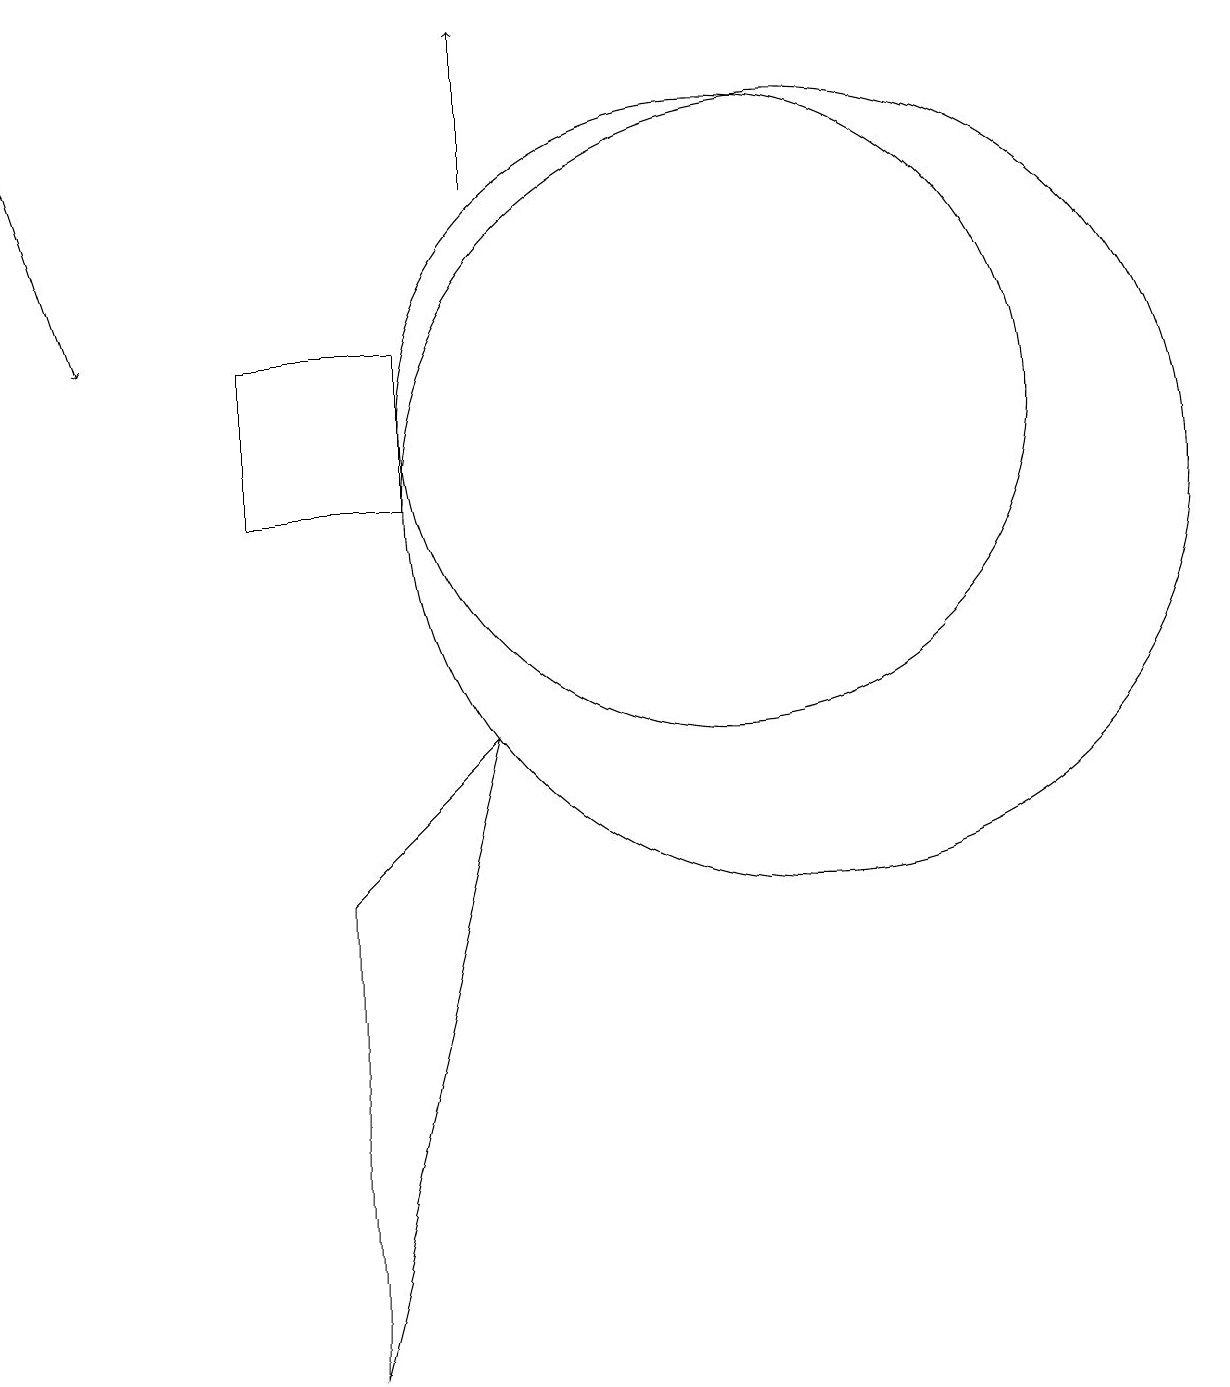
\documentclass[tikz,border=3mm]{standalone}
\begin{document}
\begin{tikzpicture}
\draw (11,12) circle (4);
\draw (5,13) rectangle (7,11);
\draw (6,6) -- (6,0) -- (8,8) -- cycle;
\draw[->] (8,15) -- (8,17);
\draw[->] (2,16) -- (3,13);
\draw (12,11) circle (5);
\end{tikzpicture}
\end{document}